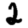
Digit: 2